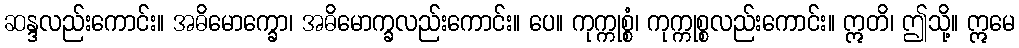
ဆန္ဒလည်းကောင်း။ အဓိမောက္ခော၊ အဓိမောက္ခလည်းကောင်း။ ပေ။ ကုက္ကုစ္စံ၊ ကုက္ကုစ္စလည်းကောင်း။ ဣတိ၊ ဤသို့။ ဣမေ